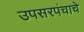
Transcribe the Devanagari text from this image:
उपसरपंचाचे